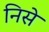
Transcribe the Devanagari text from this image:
निसे